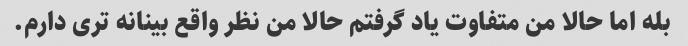
بله اما حالا من متفاوت یاد گرفتم حالا من نظر واقع بینانه تری دارم.